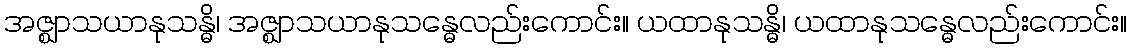
အဇ္ဈာသယာနုသန္ဓိ၊ အဇ္ဈာသယာနုသန္ဓေလည်းကောင်း။ ယထာနုသန္ဓိ၊ ယထာနုသန္ဓေလည်းကောင်း။